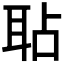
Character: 𦕒